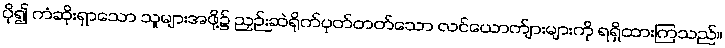
ပို၍ ကံဆိုးရှာသော သူများအဖို့၌ ညှဉ်းဆဲရိုက်ပုတ်တတ်သော လင်ယောက်ျားများကို ရရှိထားကြသည်။